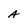
Character: A